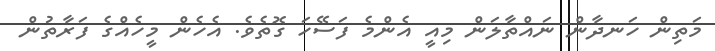
މަތިިން ހަނދާން ނައްތާލަން މިއީ އެންމެ ފަސޭހަ ގޮތެވެ. އެހެން މީހެއްގެ ފަރާތުން